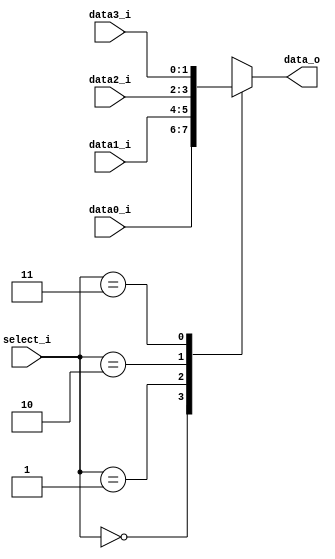
`timescale 1ns / 1ps
//////////////////////////////////////////////////////////////////////////////////
// Company: 
// 
// Design Name: 
// Module Name: MUX_4to1
// Project Name: 
// Target Devices: 
// Tool Versions: 
// Description: 
// 
// Dependencies: 
// 
// Revision:
// Revision 0.01 - File Created
// Additional Comments:
// 
//////////////////////////////////////////////////////////////////////////////////


module MUX_4to1(
               data0_i,
               data1_i,
               data2_i,
               data3_i,
               select_i,
               data_o


    );
    parameter size = 0;
        input [size-1:0]data0_i;
        input [size-1:0]data1_i;
        input [size-1:0]data2_i;
        input [size-1:0]data3_i;
        
        input  [1:0]select_i;
        output [size-1:0]data_o;
        reg    [size-1:0] data_o;
        always@(*)begin
        case(select_i)
        2'b00: data_o = data0_i;
        2'b01: data_o = data1_i;
        2'b10: data_o = data2_i;
        2'b11: data_o = data3_i;
        endcase
         end
endmodule